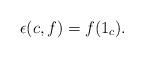
LaTeX: \begin{align*}\epsilon(c,f) = f(1_c).\end{align*}